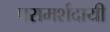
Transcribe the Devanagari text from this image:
परामर्शदायी